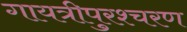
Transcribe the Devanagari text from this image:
गायत्रीपुरश्चरण